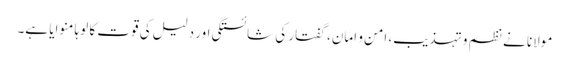
مولانا نے نظم و تہذیب، امن و امان، گفتار کی شائستگی اور دلیل کی قوت کا لوہا منوایا ہے۔